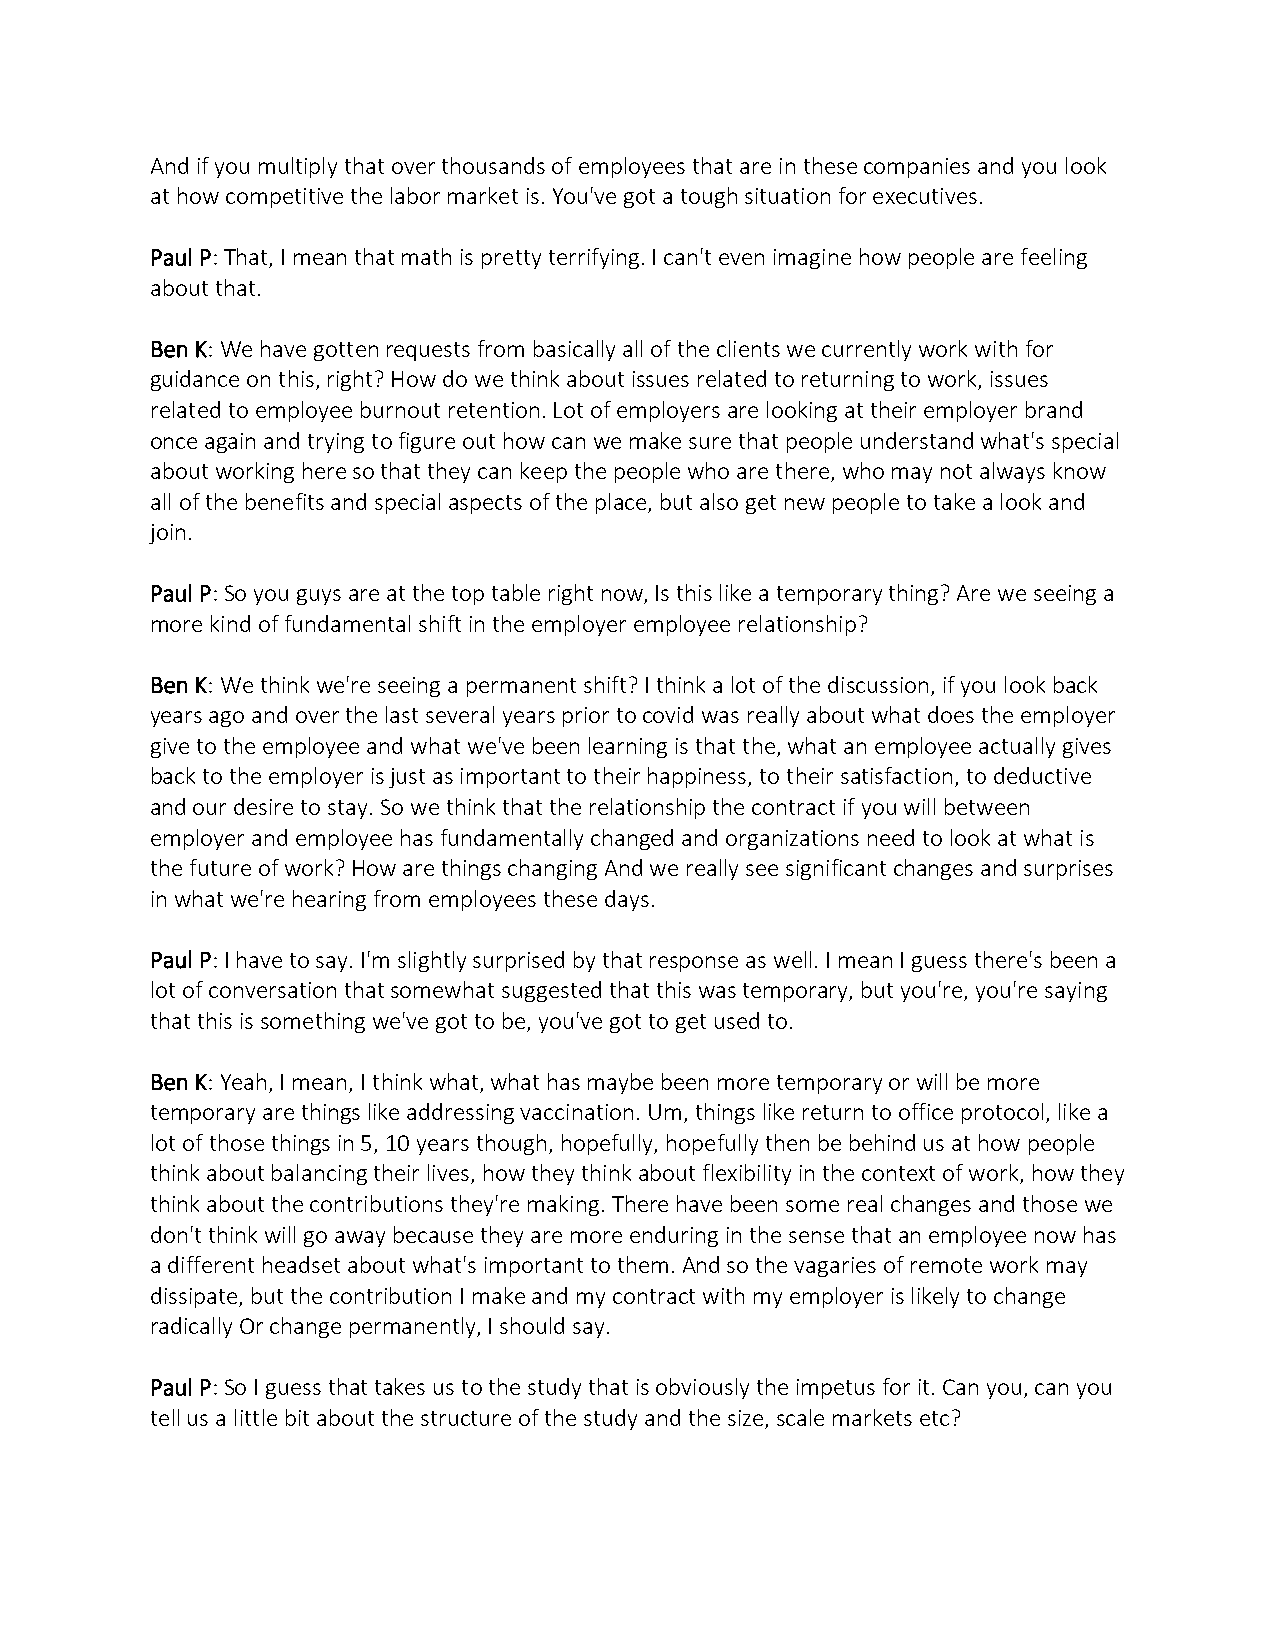
And if you multiply that over thousands of employees that are in these companies and you look
 at how competitive the labor market is. You've got a tough situation for executives.
 Paul P: That, I mean that math is pretty terrifying. I can't even imagine how people are feeling
 about that.
 Ben K: We have gotten requests from basically all of the clients we currently work with for
 guidance on this, right? How do we think about issues related to returning to work, issues
 related to employee burnout retention. Lot of employers are looking at their employer brand
 once again and trying to figure out how can we make sure that people understand what's special
 about working here so that they can keep the people who are there, who may not always know
 all of the benefits and special aspects of the place, but also get new people to take a look and
 join.
 Paul P: So you guys are at the top table right now, Is this like a temporary thing? Are we seeing a
 more kind of fundamental shift in the employer employee relationship?
 Ben K: We think we're seeing a permanent shift? I think a lot of the discussion, if you look back
 years ago and over the last several years prior to covid was really about what does the employer
 give to the employee and what we've been learning is that the, what an employee actually gives
 back to the employer is just as important to their happiness, to their satisfaction, to deductive
 and our desire to stay. So we think that the relationship the contract if you will between
 employer and employee has fundamentally changed and organizations need to look at what is
 the future of work? How are things changing And we really see significant changes and surprises
 in what we're hearing from employees these days.
 Paul P: I have to say. I'm slightly surprised by that response as well. I mean I guess there's been a
 lot of conversation that somewhat suggested that this was temporary, but you're, you're saying
 that this is something we've got to be, you've got to get used to.
 Ben K: Yeah, I mean, I think what, what has maybe been more temporary or will be more
 temporary are things like addressing vaccination. Um, things like return to office protocol, like a
 lot of those things in 5, 10 years though, hopefully, hopefully then be behind us at how people
 think about balancing their lives, how they think about flexibility in the context of work, how they
 think about the contributions they're making. There have been some real changes and those we
 don't think will go away because they are more enduring in the sense that an employee now has
 a different headset about what's important to them. And so the vagaries of remote work may
 dissipate, but the contribution I make and my contract with my employer is likely to change
 radically Or change permanently, I should say.
 Paul P: So I guess that takes us to the study that is obviously the impetus for it. Can you, can you
 tell us a little bit about the structure of the study and the size, scale markets etc?